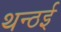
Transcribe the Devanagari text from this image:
थन्ठई